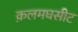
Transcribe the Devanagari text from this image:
क़लमघसीट